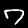
Digit: 7